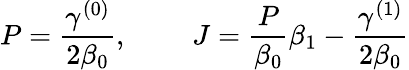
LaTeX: P={\frac{\gamma^{(0)}}{2\beta_{0}}},~~~~~~~~~J={\frac{P}{\beta_{0}}}\beta_{1}-{\frac{\gamma^{(1)}}{2\beta_{0}}}